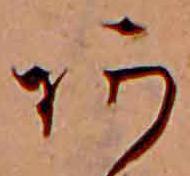
あ